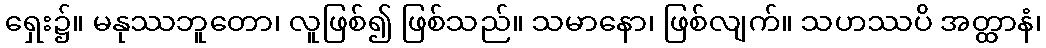
ရှေး၌။ မနုဿဘူတော၊ လူဖြစ်၍ ဖြစ်သည်။ သမာနော၊ ဖြစ်လျက်။ သဟဿပိ အတ္ထာနံ၊